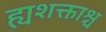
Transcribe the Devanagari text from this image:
ह्यशक्ताश्च